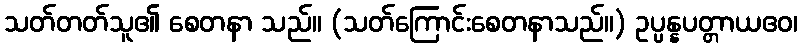
သတ်တတ်သူ၏ စေတနာ သည်။ (သတ်ကြောင်းစေတနာသည်။) ဥပ္ပန္နပတ္တာယဧဝ၊